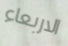
الاربعاء